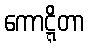
ကောဋ္ဋိတာ